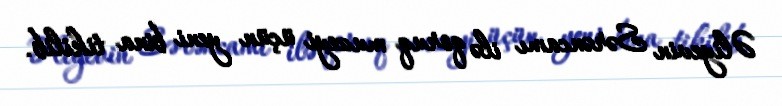
Əliyevin Sərəncamı ilə qoruq muzeyi üçün yeni bina tikilib.